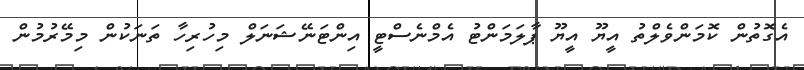
އެގޮތުން ކޮމަންވެލްތު އީޔޫ އީޔޫ ޕާލަމަންޓު އެމްނެސްޓީ އިންޓަނޭޝަނަލް މިހުރިހާ ތަނަކުން މިމޭރުމުން